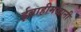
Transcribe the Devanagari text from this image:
ईब्राहीमखानी